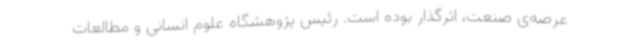
عرصه‌ی صنعت، اثرگذار بوده است. رئیس پژوهشگاه علوم انسانی و مطالعات